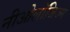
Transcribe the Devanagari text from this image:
नीओलॉजिज्म